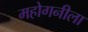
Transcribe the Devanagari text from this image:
महोगनीला